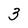
Character: 3